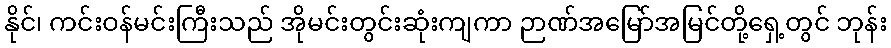
နိုင်၊ ကင်းဝန်မင်းကြီးသည် အိုမင်းတွင်းဆုံးကျကာ ဉာဏ်အမြော်အမြင်တို့ရှေ့တွင် ဘုန်း